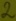
Text: 2